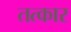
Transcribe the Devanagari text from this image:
तत्कार